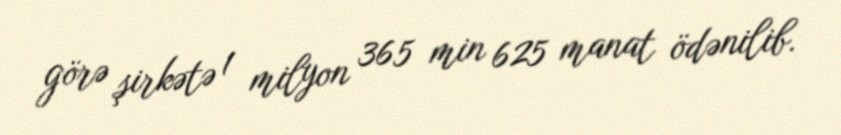
görə şirkətə 1 milyon 365 min 625 manat ödənilib.